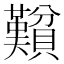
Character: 𬥮